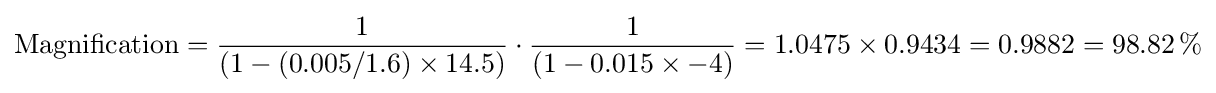
{\textrm {Magnification}}={\frac {1}{(1-(0.005/1.6)\times 14.5)}}\cdot {\frac {1}{(1-0.015\times -4)}}=1.0475\times 0.9434=0.9882=98.82\,\%